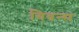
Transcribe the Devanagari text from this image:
गिवन्स